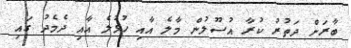
ބާރަށް ދަތުރު ކުރާ އުސޫލުން މާލެ އާއި ހުޅުލެ އާއި ދެމެދު ގައި